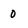
Character: 0